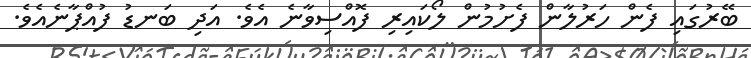
ބޭރުގައި ފެން ހަރުލާން ފެށުމުން ލޯކައިރި ފޮއްސިވާނެ އެވެ. އަދި ބަނޑު ފުއްޕާނެއެވެ.